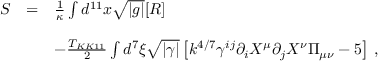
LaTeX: \begin{array} { r c l } { { S } } & { { = } } & { { { \frac { 1 } { \kappa } } \int d ^ { 1 1 } x \sqrt { | g | } [ R ] } } \\ { { } } & { { } } & { { } } \\ { { } } & { { } } & { { - { \frac { T _ { K K 1 1 } } { 2 } } \int d ^ { 7 } \xi \sqrt { | \gamma | } \left[ k ^ { 4 / 7 } \gamma ^ { i j } \partial _ { i } X ^ { \mu } \partial _ { j } X ^ { \nu } \Pi _ { \mu \nu } - 5 \right] \, , } } \end{array}